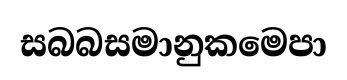
සබබසමානුකමෙපා